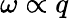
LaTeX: \omega\propto q